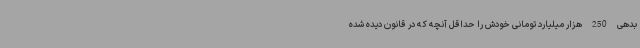
بدهی 250 هزار میلیارد تومانی خودش را حداقل آنچه که در قانون دیده شده